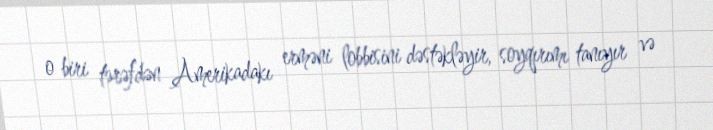
o biri tərəfdən Amerikadakı erməni lobbisini dəstəkləyir, soyqırımı tanıyır və